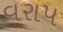
વરાપ